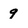
Character: 9